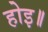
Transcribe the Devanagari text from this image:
होइ॥